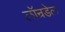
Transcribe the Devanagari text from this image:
लॉन्रडेल